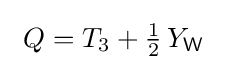
\ Q=T_{3}+{\tfrac {1}{2}}\,Y_{\mathsf {W}}\